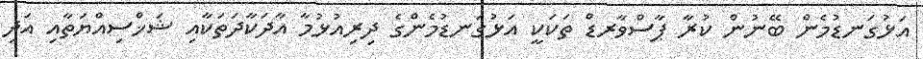
އަޅުގަނޑުމެން ބޭނުން ކުރާ ޕާސްވާރޑް ތަކަކީ އަޅުގަނޑުމެންގެ ދިރިއުޅުމާ އާދަކާދަތަކާއި ޝަޚްސިއްޔަތާއި އަދި